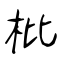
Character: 枇